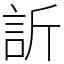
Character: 訢